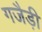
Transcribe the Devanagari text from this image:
गजैड़ी